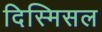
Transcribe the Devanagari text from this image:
दिस्मिसल